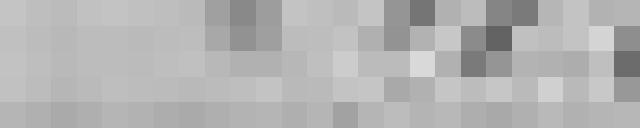
243,00